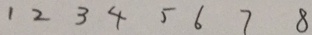
1 2 3 4 5 6 7 8